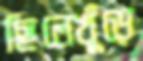
ছিলেখুঁড়ে